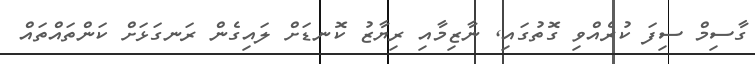
ގާސިމް ސިފަ ކުރެއްވި ގޮތުގައި